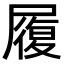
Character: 履